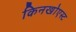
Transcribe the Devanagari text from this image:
किनखोएस्ट